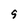
Character: 9